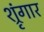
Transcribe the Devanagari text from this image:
श्रृंंगार